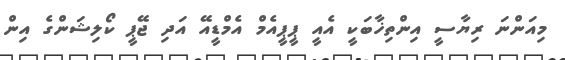
މިއަންނަ ރިޔާސީ އިންތިޚާބަކީ އެެއީ ޕީޕީއެމް އެމްޑީއޭ އަދި ޖޭޕީ ކޯލިޝަންގެ އިން